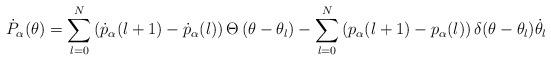
LaTeX: \begin{align*}\dot{P}_{\alpha}(\theta) =\sum_{l=0}^{N} \left(\dot{p}_{\alpha}(l+1)-\dot{p}_{\alpha}(l)\right) \Theta \left(\theta-\theta_l \right) -\sum_{l=0}^{N} \left(p_{\alpha}(l+1)-p_{\alpha}(l) \right) \delta(\theta-\theta_l)\dot{\theta_l}\end{align*}